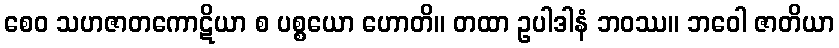
စေဝ သဟဇာတကောဋိယာ စ ပစ္စယော ဟောတိ။ တထာ ဥပါဒါနံ ဘဝဿ။ ဘဝေါ ဇာတိယာ